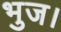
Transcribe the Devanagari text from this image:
भुज।